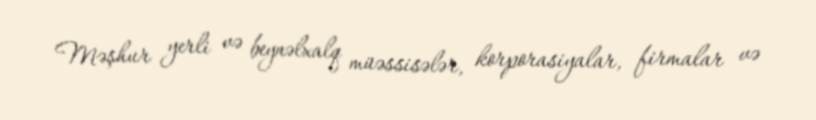
Məşhur yerli və beynəlxalq müəssisələr, korporasiyalar, firmalar və